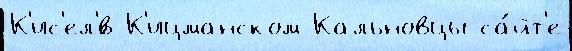
К'ис'ел'́в К'ицманском Кальновцы са́йт'е